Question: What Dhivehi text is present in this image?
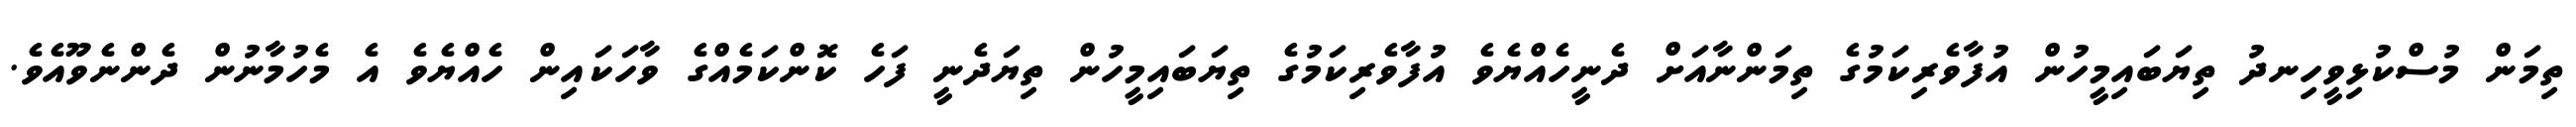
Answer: ތިމަން މުސްކުޅިވީހިނދު ތިޔަބައިމީހުން އުފާވެރިކަމުގެ ތިމަންނާއަށް ދެނީހެއްޔެވެ އުފާވެރިކަމުގެ ތިޔަބައިމީހުން ތިޔަދެނީ ފަހެ ކޮންކަމެއްގެ ވާހަކައިން ހެއްޔެވެ އެ މެހުމާނުން ދެންނެވޫއެވެ.